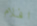
افلام